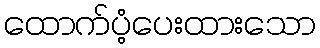
ထောက်ပံ့ပေးထားသော